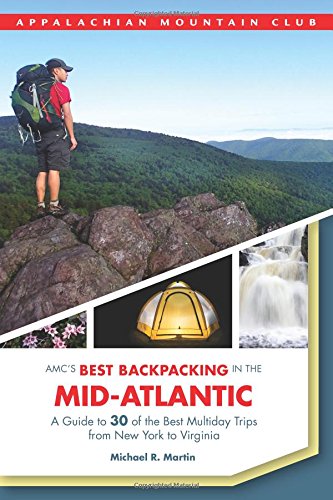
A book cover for AMC's Best Backpacking in the Mid-Atlantic: A Guide To 30 Of The Best Multiday Trips From New York To Virginia; Michael Martin; Health, Fitness & Dieting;